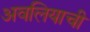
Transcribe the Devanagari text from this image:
अवलियाची